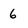
Character: 6